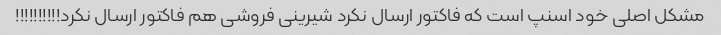
مشکل اصلی خود اسنپ است که فاکتور ارسال نکرد شیرینی فروشی هم فاکتور ارسال نکرد!!!!!!!!!!